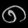
Digit: ၈